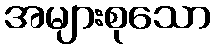
အများစုသော